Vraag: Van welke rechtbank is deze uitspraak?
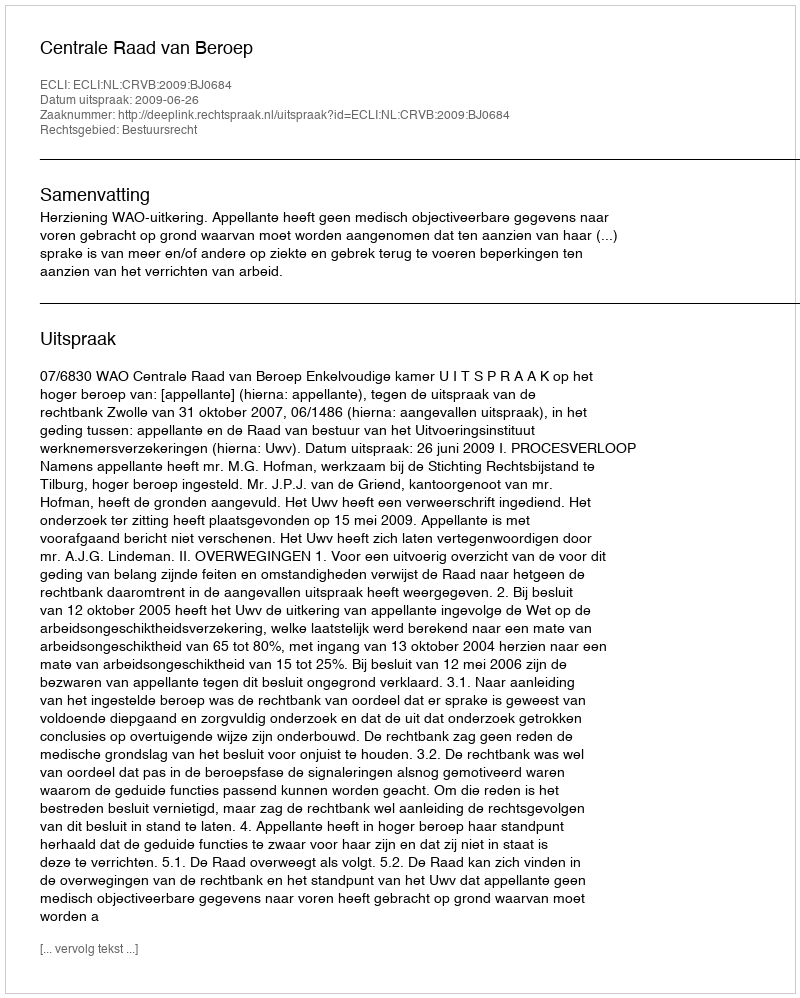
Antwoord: Centrale Raad van Beroep